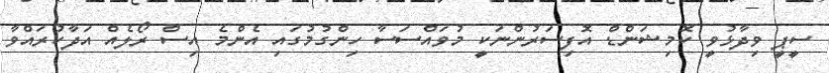
ސީޕީ ވިދާޅުވީ ކޮމިޝަންޑް އޮފިސަރުންނަކީ މުވައްސަސާ ހިންގުމުގައި އެންމެ އިސް ރޯލެއް އަދާކުރައްވާ